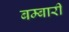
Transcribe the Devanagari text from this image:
बम्बारी